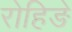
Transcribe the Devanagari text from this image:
रोहिङे